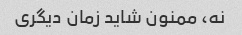
نه، ممنون شاید زمان دیگری